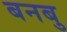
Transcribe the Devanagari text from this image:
बनबु